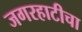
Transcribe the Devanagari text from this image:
जगरहाटीचा